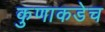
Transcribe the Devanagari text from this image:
कुणाकडेच